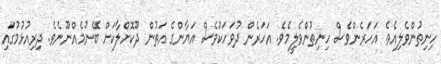
ހިނިތުންވެލިއެވެ. އަހަރެންވެސް ހިނިތުންވެލީމެވެ. އަހަރެން ދުވަހަކުވެސް އަޔާންގެ އަތުން ދޫކޮށްލާކަށް ބޭނުމެއްނޫނެވެ. ދިރިއުޅުމުގައި